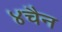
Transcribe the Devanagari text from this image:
४चैन